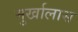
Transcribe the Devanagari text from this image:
मुर्खालास